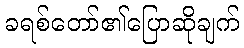
ခရစ်တော်၏ပြောဆိုချက်